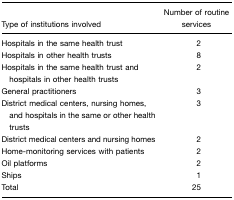
| Type of institutions involved | Number of routine services |
 | --- | --- |
 | Hospitals in the same health trust | 2 |
 | Hospitals in other health trusts | 8 |
 | Hospitals in the same health trust and hospitals in other health trusts | 2 |
 | General practitioners | 3 |
 | District medical centers, nursing homes, and hospitals in the same or other health trusts | 3 |
 | District medical centers and nursing homes | 2 |
 | Home-monitoring services with patients | 2 |
 | Oil platforms | 2 |
 | Ships | 1 |
 | Total | 25 |